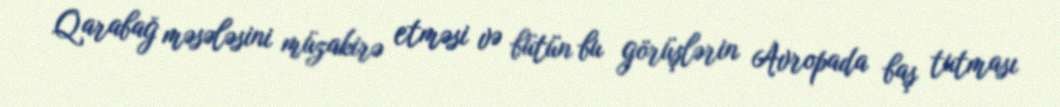
Qarabağ məsələsini müzakirə etməsi və bütün bu görüşlərin Avropada baş tutması